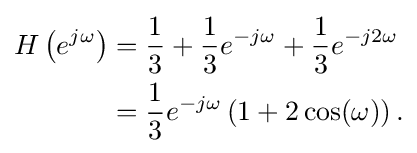
{\begin{aligned}H\left(e^{j\omega }\right)&={\frac {1}{3}}+{\frac {1}{3}}e^{-j\omega }+{\frac {1}{3}}e^{-j2\omega }\\&={\frac {1}{3}}e^{-j\omega }\left(1+2\cos(\omega )\right).\end{aligned}}